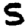
Digit: 5